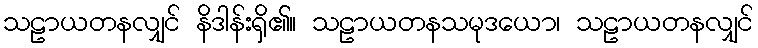
သဠာယတနလျှင် နိဒါန်းရှိ၏။ သဠာယတနသမုဒယော၊ သဠာယတနလျှင်